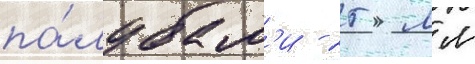
па́лубам'и - 25 мм